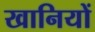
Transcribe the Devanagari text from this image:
खानियों